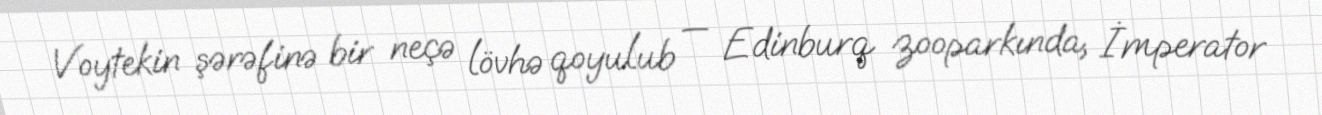
Voytekin şərəfinə bir neçə lövhə qoyulub — Edinburq zooparkında, İmperator